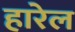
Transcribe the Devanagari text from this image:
हारेल